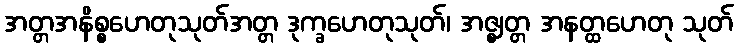
အတ္တအနိစ္စဟေတုသုတ်အတ္တ ဒုက္ခဟေတုသုတ်၊ အဇ္ဈတ္တ အနတ္ထဟေတု သုတ်